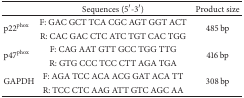
<table><thead><tr><td><b> </b></td><td><b>Sequences (5′-3′)</b></td><td><b>Product size</b></td></tr></thead><tbody><tr><td rowspan="2">p22<sup>phox</sup></td><td>F: GAC GCT TCA CGC AGT GGT ACT</td><td rowspan="2">485 bp</td></tr><tr><td>R: CAC GAC CTC ATC TGT CAC TGG</td></tr><tr><td rowspan="2">p47<sup>phox</sup></td><td>F: CAG AAT GTT GCC TGG TTG</td><td rowspan="2">416 bp</td></tr><tr><td>R: GTG CCC TCC CTT AGA TGA</td></tr><tr><td rowspan="2">GAPDH</td><td>F: AGA TCC ACA ACG GAT ACA TT</td><td rowspan="2">308 bp</td></tr><tr><td>R: TCC CTC AAG ATT GTC AGC AA</td></tr></tbody></table>